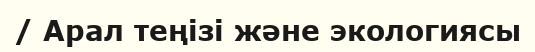
/ Арал теңізі және экологиясы